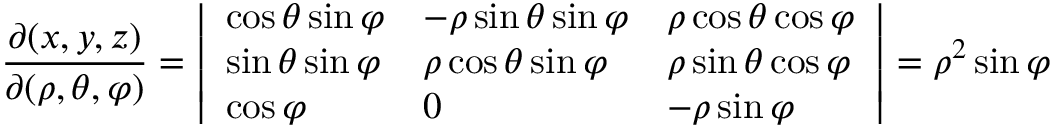
{ \frac { \partial ( x , y , z ) } { \partial ( \rho , \theta , \varphi ) } } = { \left| \begin{array} { l l l } { \cos \theta \sin \varphi } & { - \rho \sin \theta \sin \varphi } & { \rho \cos \theta \cos \varphi } \\ { \sin \theta \sin \varphi } & { \rho \cos \theta \sin \varphi } & { \rho \sin \theta \cos \varphi } \\ { \cos \varphi } & { 0 } & { - \rho \sin \varphi } \end{array} \right| } = \rho ^ { 2 } \sin \varphi